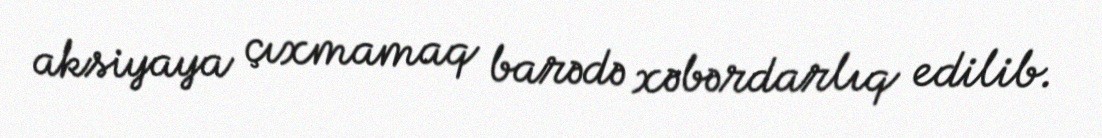
aksiyaya çıxmamaq barədə xəbərdarlıq edilib.